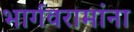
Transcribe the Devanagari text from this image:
भार्गवरामांना